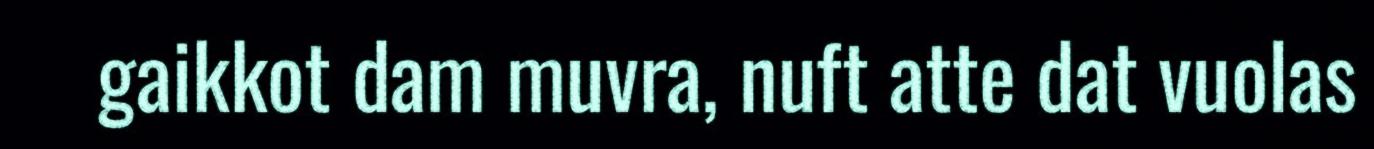
gaikkot dam muvra, nuft atte dat vuolas